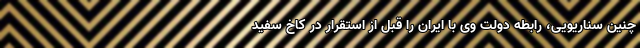
چنین سناریویی، رابطه دولت وی با ایران را قبل از استقرار در کاخ سفید